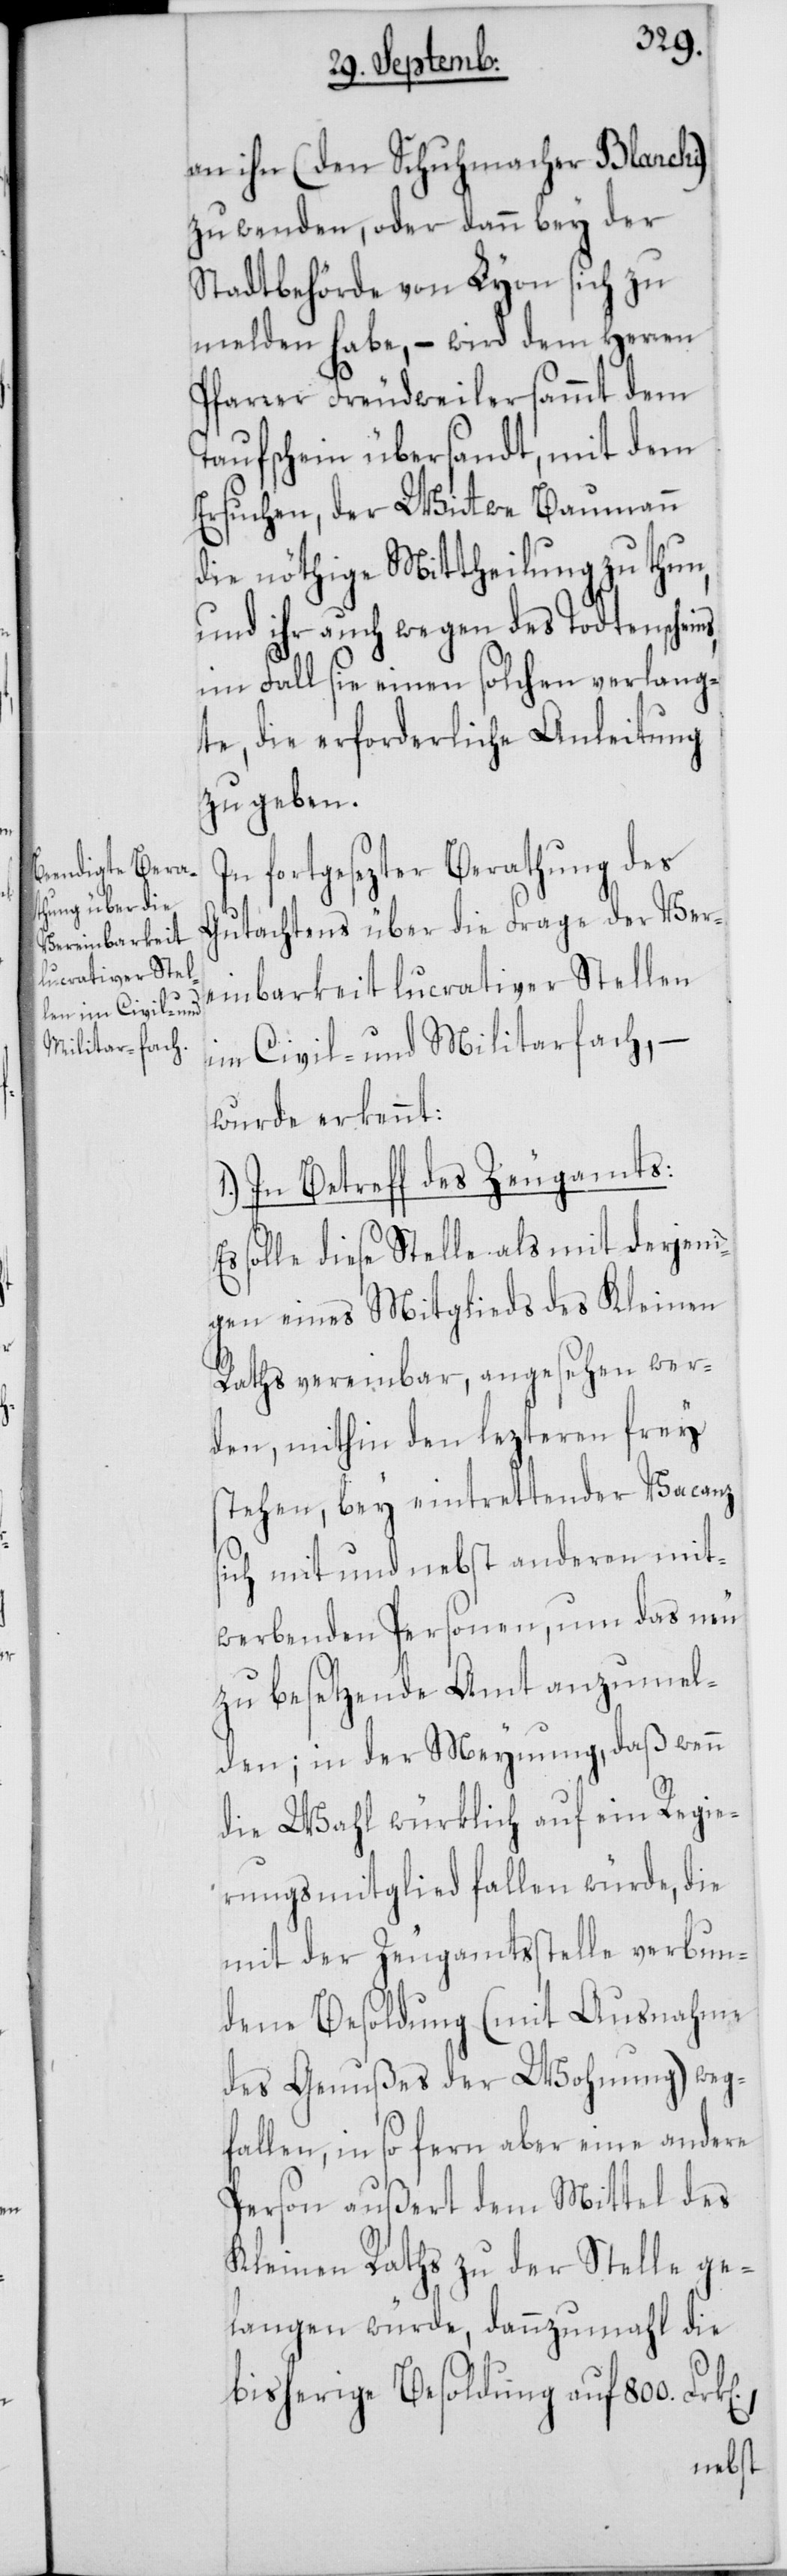
an ihn (den Schuhmacher Blanchi)
zu wenden, oder dann bey der
Stadtbehörde von Lyon sich zu
melden habe, – wird dem Herren
Pfarrer Freudweiler sammt dem
Taufschein übersandt, mit dem
Ersuchen, der Wittwe Baumann
die nöthige Mittheilung zu thun,
und ihr auch wegen des Todtenschei¬
im Fall sie einen solchen verlang¬
te, die erforderliche Anleitung
zu geben.
fortgesezter Berathung des
Gutachtens über die Frage der Verei¬
nbarkeit lucrativer Stellen
im Civil- und Militarfach, –
wurde erkennt:
1.) In Betreff des Zeugamts:
Es solle diese Stelle als mit derjeni¬
gen eines Mitglieds des Kleinen
Raths vereinbar, angesehen wer¬
den, mithin den lezteren frey
stehen, bey eintrettender Vacanz
sich mit und nebst anderen mit¬
werbenden Personen, um das neu
zu besetzende Amt anzumel¬
den; in der Meynung, daß wenn
die Wahl würklich auf ein Regie¬
rungsmitglied fallen würde, die
mit der Zeugamtsstelle verbun¬
dene Besoldung (mit Ausnahme
des Genußes der Wohnung) weg¬
fallen, in so fern aber eine andere
Person außert dem Mittel des
Kleinen Raths zu der Stelle ge¬
langen würde, dannzumahl die
bisherige Besoldung auf 800. Fr¬
k[en].,